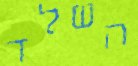
השלד